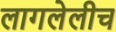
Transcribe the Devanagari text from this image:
लागलेलीच